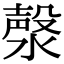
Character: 漀